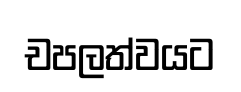
චපලත්වයට